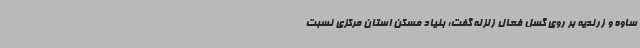
ساوه و زرندیه بر روی گسل فعال زلزله گفت: بنیاد مسکن استان مرکزی نسبت